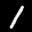
Digit: 1